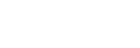
စသည်တို့အား